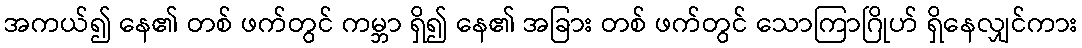
အကယ်၍ နေ၏ တစ် ဖက်တွင် ကမ္ဘာ ရှိ၍ နေ၏ အခြား တစ် ဖက်တွင် သောကြာဂြိုဟ် ရှိနေလျှင်ကား